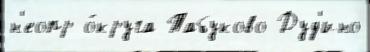
н'еопр о́круга Табуково Дуд'ино